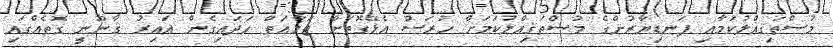
މުސްތަޤިއްލުކަމާއި ފަނޑިޔާރުންގެ މުސްތަޤިއްލުކަމަށް ހުރަސް އެޅޭގޮތަށް ޖަމާޢަތް ހަދައިގެން ޣައިރު ޤާނޫނީ ގޮތެއްގައި